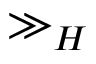
\gg _ { H }